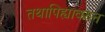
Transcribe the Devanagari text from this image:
तथापिह्यावरुन